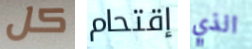
كل إقتحام الذي